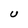
Character: U